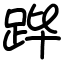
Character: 跸